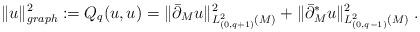
LaTeX: \begin{align*}\Vert u\Vert_{graph}^2:= Q_{q}(u,u) = \Vert \bar\partial_M u\Vert^2_{L^2_{(0,q+1)}(M)}+\Vert \bar\partial^*_M u\Vert^2_{L^2_{(0,q-1)}(M)}\;.\end{align*}